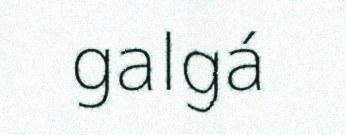
galgá